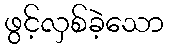
ဖွင့်လှစ်ခဲ့သော